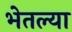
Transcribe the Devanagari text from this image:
भेतल्या